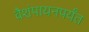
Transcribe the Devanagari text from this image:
वैशंपायनपर्यंत